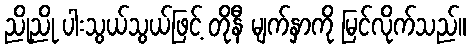
ညိုညို ပါးသွယ်သွယ်ဖြင့် တိုနီ မျက်နှာကို မြင်လိုက်သည်။